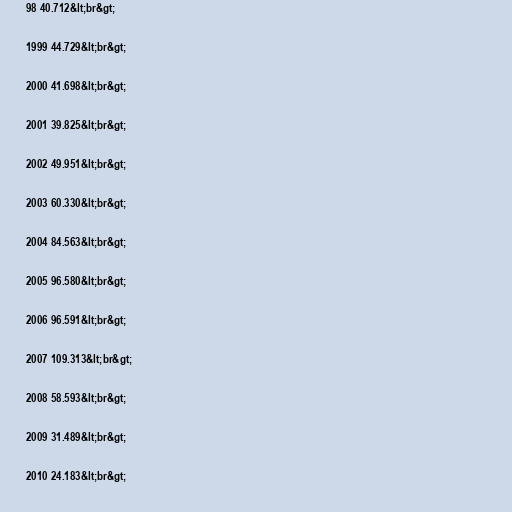
98 40.712&lt;br&gt;

1999 44.729&lt;br&gt;

2000 41.698&lt;br&gt;

2001 39.825&lt;br&gt;

2002 49.951&lt;br&gt;

2003 60.330&lt;br&gt;

2004 84.563&lt;br&gt;

2005 96.580&lt;br&gt;

2006 96.591&lt;br&gt;

2007 109.313&lt;br&gt;

2008 58.593&lt;br&gt;

2009 31.489&lt;br&gt;

2010 24.183&lt;br&gt;